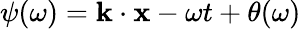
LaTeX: {\psi}(\omega)=\mathbf{k}\cdot\mathbf{x}-\omega t+\theta(\omega)